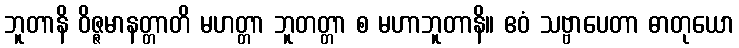
ဘူတာနိ ဝိဇ္ဇမာနတ္တာတိ မဟတ္တာ ဘူတတ္တာ စ မဟာဘူတာနိ။ ဧဝံ သဗ္ဗာပေတာ ဓာတုယော